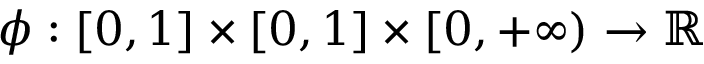
\phi : [ 0 , 1 ] \times [ 0 , 1 ] \times [ 0 , + \infty ) \to \mathbb { R }